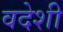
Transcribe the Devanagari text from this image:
वदेशी